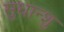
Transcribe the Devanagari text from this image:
सुधान्शु